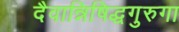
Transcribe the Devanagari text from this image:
दैवान्निषिद्धगुरुगा